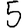
Digit: 5